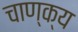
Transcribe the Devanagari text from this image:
चाण्क्य